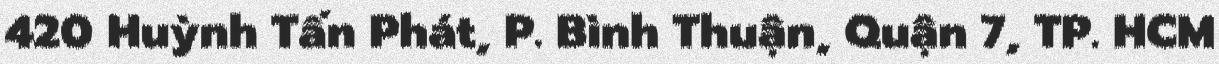
420 Huỳnh Tấn Phát, P. Bình Thuận, Quận 7, TP. HCM